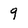
Character: 9